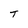
Character: T